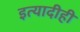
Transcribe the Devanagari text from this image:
इत्यादीही